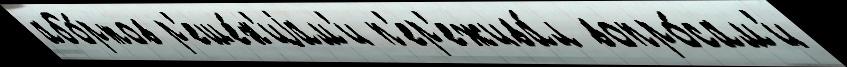
або́ртов р'еше́н'иjам'и п'ер'ежива́л вопро́сам'и